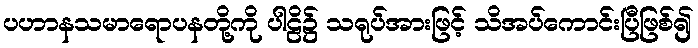
ပဟာနသမာရောပနတို့ကို ပါဠိ၌ သရုပ်အားဖြင့် သိအပ်ကောင်းပြီဖြစ်၍